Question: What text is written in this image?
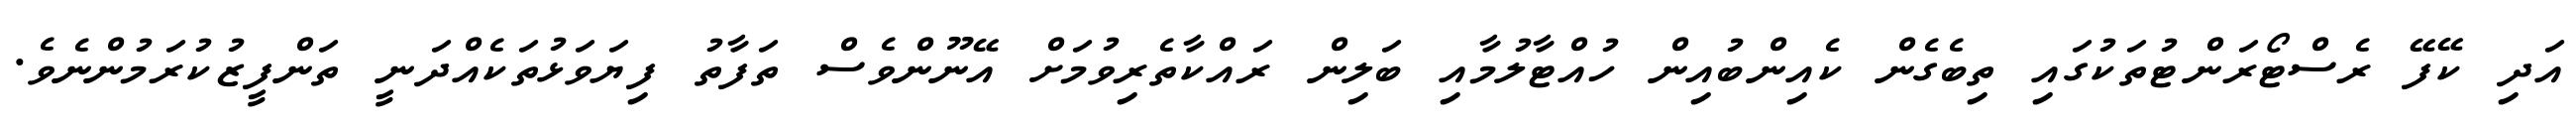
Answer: އަދި ކޭފޭ ރެސްޓޯރަންޓުތަކުގައި ތިބެގެން ކެއިންބުއިން ހުއްޓާލުމާއި ބަލިން ރައްކާތެރިވުމަށް އޭނޫންވެސް ތަފާތު ފިޔަވަޅުތަކެއްދަނީ ތަންފީޒުކުރަމުންނެވެ.